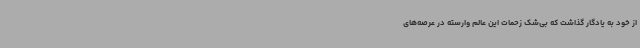
از خود به یادگار گذاشت که بی‌شک زحمات این عالم وارسته در عرصه‌های